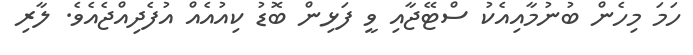
ހަމަ މިހެން ބުނުމާއިއެކު ސްޓޭޖާއި ވީ ފަޅިން ބޮޑު ކިއުއެއް އުފެދިއްޖެއެވެ. ލާރި